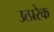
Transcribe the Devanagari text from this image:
उत्प्ररेक